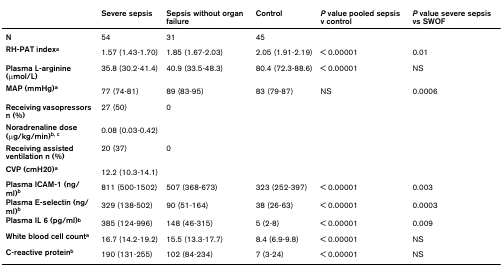
|  | Severe sepsis | Sepsis without organ failure | Control | P value pooled sepsis v control | P value severe sepsis vs SWOF |
 | --- | --- | --- | --- | --- | --- |
 | N | 54 | 31 | 45 |  |  |
 | RH-PAT indexa | 1.57 (1.43-1.70) | 1.85 (1.67-2.03) | 2.05 (1.91-2.19) | < 0.00001 | 0.01 |
 | Plasma L-arginine (μmol/L) | 35.8 (30.2-41.4) | 40.9 (33.5-48.3) | 80.4 (72.3-88.6) | < 0.00001 | NS |
 | MAP (mmHg)a | 77 (74-81) | 89 (83-95) | 83 (79-87) | NS | 0.0006 |
 | Receiving vasopressors n (%) | 27 (50) | 0 |  |  |  |
 | Noradrenaline dose (μg/kg/min)b, c | 0.08 (0.03-0.42) |  |  |  |  |
 | Receiving assisted ventilation n (%) | 20 (37) | 0 |  |  |  |
 | CVP (cmH20)a | 12.2 (10.3-14.1) |  |  |  |  |
 | Plasma ICAM-1 (ng/ml)b | 811 (500-1502) | 507 (368-673) | 323 (252-397) | < 0.00001 | 0.003 |
 | Plasma E-selectin (ng/ml)b | 329 (138-502) | 90 (51-164) | 38 (26-63) | < 0.00001 | 0.0003 |
 | Plasma IL 6 (pg/ml)b | 385 (124-996) | 148 (46-315) | 5 (2-8) | < 0.00001 | 0.009 |
 | White blood cell counta | 16.7 (14.2-19.2) | 15.5 (13.3-17.7) | 8.4 (6.9-9.8) | < 0.00001 | NS |
 | C-reactive proteinb | 190 (131-255) | 102 (84-234) | 7 (3-24) | < 0.00001 | NS |